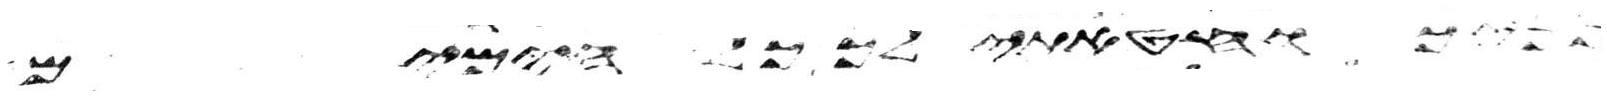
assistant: הזאת וחטאתי לאלהים